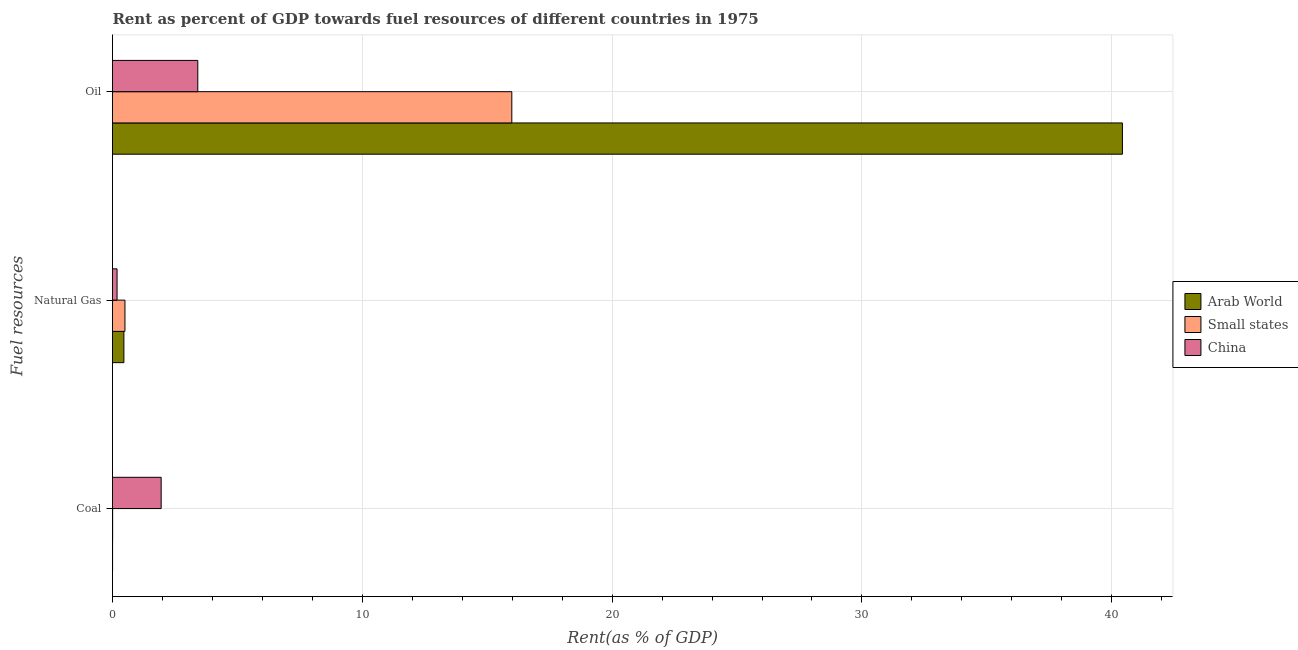
| Fuel resources | Arab World | Small states | China |
 | --- | --- | --- | --- |
 | Coal | 0.00322 | 0.0055 | 1.95 |
 | Natural Gas | 0.456 | 0.499 | 0.183 |
 | Oil | 40.4 | 16 | 3.41 |